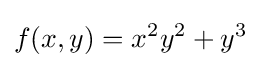
f(x,y)=x^{2}y^{2}+y^{3}